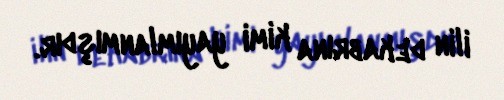
ilin dekabrına kimi yayımlanmışdır.